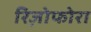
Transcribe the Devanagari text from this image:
रिज़ोफोरा